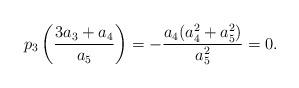
LaTeX: \begin{align*}p_3\left(\frac{3a_3+a_4}{a_5}\right)=-\frac{a_4 (a_4^2 + a_5^2)}{a_5^2}=0.\end{align*}